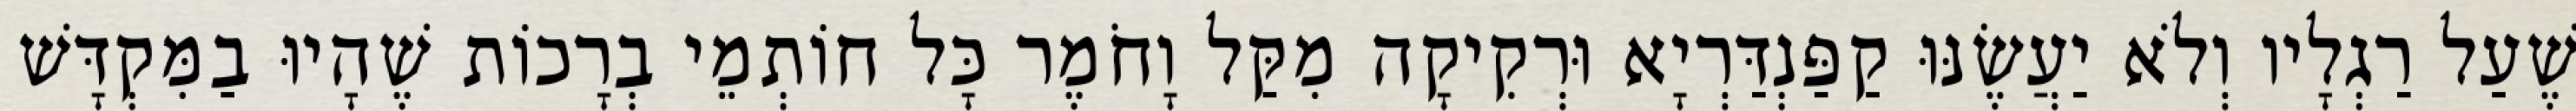
שֶׁעַל רַגְלָיו וְלֹא יַעֲשֶׂנּוּ קַפַּנְדַּרְיָא וּרְקִיקָה מִקַּל וָחֹמֶר כָּל חוֹתְמֵי בְרָכוֹת שֶׁהָיוּ בַמִּקְדָּשׁ